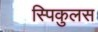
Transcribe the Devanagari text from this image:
स्पिकुलस